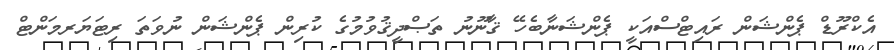
އެކްރޫޑް ޕެންޝަން ރައިޓްސްއަކީ ޕެންޝަނާބެހޭ ޤާނޫނު ތަޞްދީޤުވުމުގެ ކުރިން ޕެންޝަން ނުވަތަ ރިޓަޔަރމަންޓް